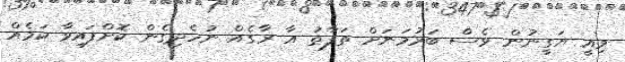
މިއީ ޔަގީނުން ވެސް ބަރުމަނަށް ތަފާތު އާ ރާގެއް ނުހެދިގެން ކޮށްފައިވާ ކަމެއް